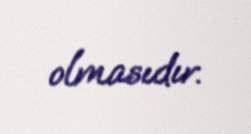
olmasıdır.